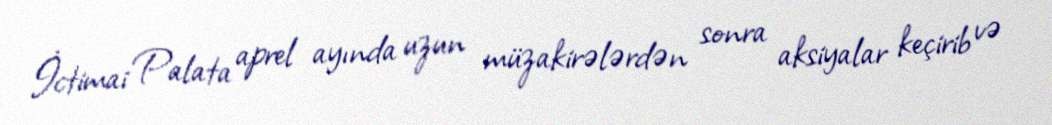
İctimai Palata aprel ayında uzun müzakirələrdən sonra aksiyalar keçirib və